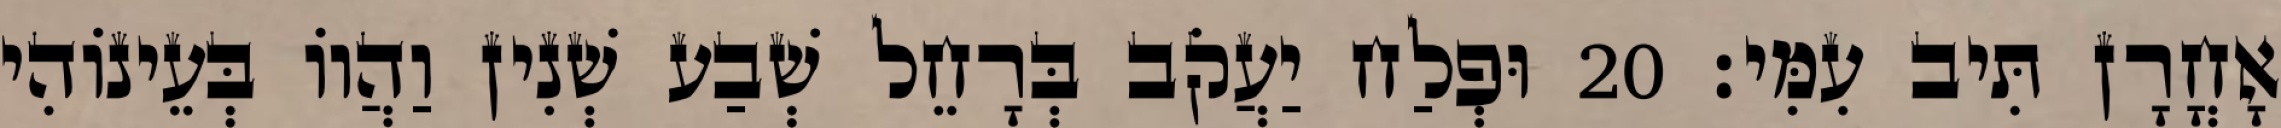
אָחֳרָן תִּיב עִמִּי׃ 20 וּפְלַח יַעֲקֹב בְּרָחֵל שְׁבַע שְׁנִין וַהֲווֹ בְּעֵינוֹהִי